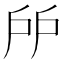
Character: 𢨯